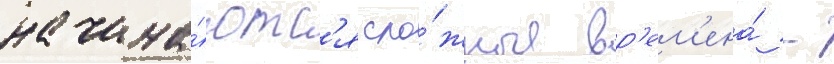
начина́ютс'я сло́жные вр'ем'ена́ -